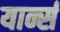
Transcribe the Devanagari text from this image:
यार्न्स